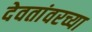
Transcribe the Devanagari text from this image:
देवतांवरच्या